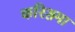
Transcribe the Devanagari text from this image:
करिशमा